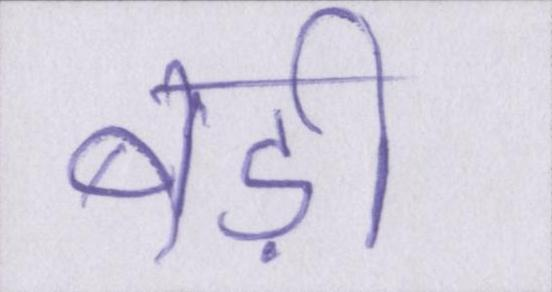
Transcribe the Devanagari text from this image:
बड़ी